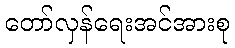
တော်လှန်ရေးအင်အားစု